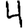
Digit: 4